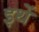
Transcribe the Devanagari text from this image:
इथें